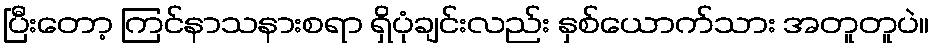
ပြီးတော့ ကြင်နာသနားစရာ ရှိပုံချင်းလည်း နှစ်ယောက်သား အတူတူပဲ။